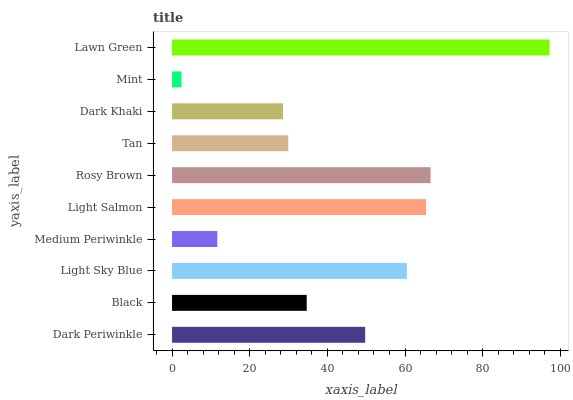
| yaxis_label | bars |
 | --- | --- |
 | Dark Periwinkle | 49.7 |
 | Black | 34.7 |
 | Light Sky Blue | 60.5 |
 | Medium Periwinkle | 11.7 |
 | Light Salmon | 65.4 |
 | Rosy Brown | 66.6 |
 | Tan | 29.9 |
 | Dark Khaki | 28.6 |
 | Mint | 2.44 |
 | Lawn Green | 97.2 |